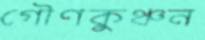
গৌণকুঞ্চন